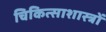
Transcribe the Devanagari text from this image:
चिकित्साशास्त्रों